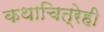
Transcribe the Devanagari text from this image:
कथाचित्रेही